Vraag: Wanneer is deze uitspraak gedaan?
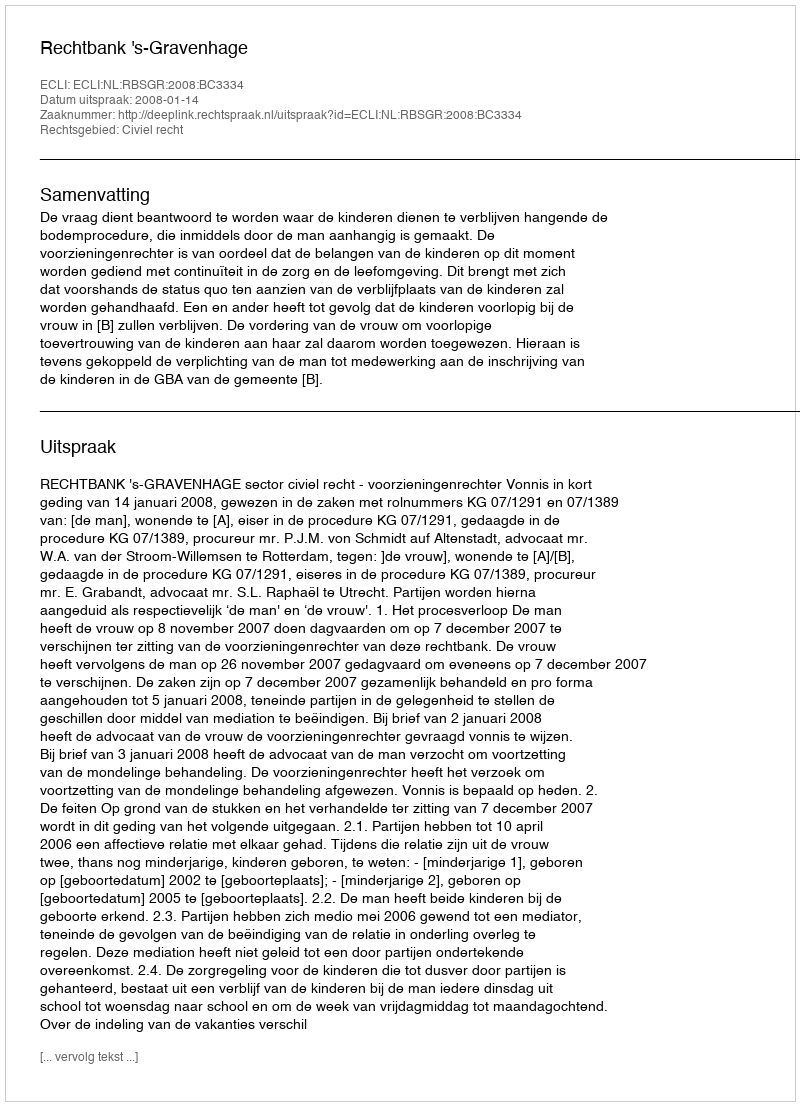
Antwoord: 2008-01-14